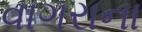
વાગરાના